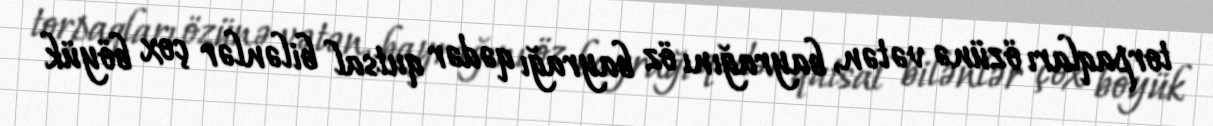
torpaqları özünə vətən, bayrağını öz bayrağı qədər qutsal bilənlər çox böyük